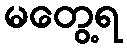
မတွေ့ရ